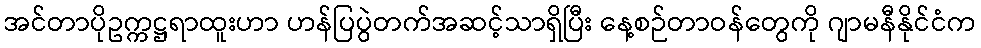
အင်တာပိုဥက္ကဋ္ဌရာထူးဟာ ဟန်ပြပွဲတက်အဆင့်သာရှိပြီး နေ့စဉ်တာဝန်တွေကို ဂျာမနီနိုင်ငံက